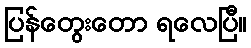
ပြန်တွေးတော ရလေပြီ။